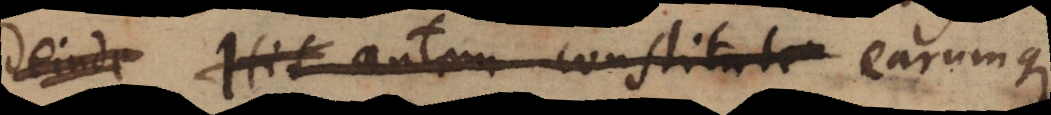
deinde I_ autem constitut_ earumque